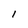
Character: 1